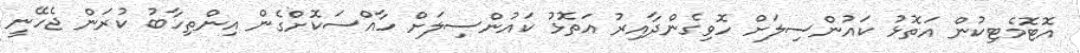
އޮޓޮމެޓިކުން އަތޮޅު ކައުންސިލަށް ހޮވިގެންދާއިރު އަތޮޅު ކައުންސިލަށް ހާއްސަކޮށްގެން އިންތިހާބު ކުރަން ޖެހޭނީ